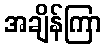
အချိန်ကြာ